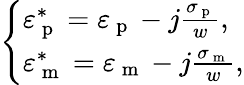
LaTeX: \left\{ \begin{array}{lll}{\varepsilon_{\mathrm{~p~}}^{*}=\varepsilon_{\mathrm{~p~}}-j\frac{\sigma_{\mathrm{~p~}}}{w},}\\ {\varepsilon_{\mathrm{~m~}}^{*}=\varepsilon_{\mathrm{~m~}}-j\frac{\sigma_{\mathrm{~m~}}}{w},}\end{array}\right.